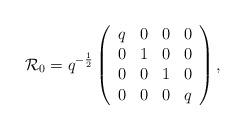
LaTeX: \begin{align*}{\cal R}_0=q^{-\frac 12}\left(\begin{array}{cccc}q & 0 & 0 & 0 \\0 & 1 & 0 & 0 \\0 & 0 & 1 & 0 \\0 & 0 & 0 & q\end{array}\right) ,\end{align*}